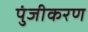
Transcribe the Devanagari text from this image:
पुंजीकरण